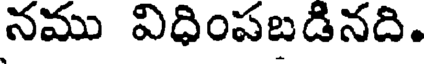
నము విధింపబడినది.